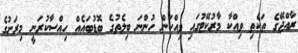
ރާއްޖޭގެ ތަކެތި ވިއްކާ މާރުކޭޓުގައި ވިއްކަން ހުންނަ ބިލެތުގެ ބޮޑުބައެއް ހިއްސާކުރަނީ މިރަށުގެ